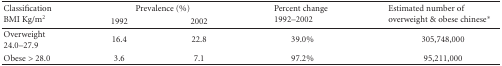
<table><thead><tr><td rowspan="2"><b>Classification BMI Kg/m<sup>2</sup></b></td><td colspan="2"><b>Prevalence (%)</b></td><td rowspan="2"><b>Percent change 1992–2002</b></td><td rowspan="2"><b>Estimated number of overweight &amp; obese chinese*</b></td></tr><tr><td><b>1992</b></td><td><b>2002</b></td></tr></thead><tbody><tr><td>Overweight 24.0–27.9</td><td>16.4</td><td>22.8</td><td>39.0%</td><td>305,748,000</td></tr><tr><td>Obese &gt; 28.0</td><td>3.6</td><td>7.1</td><td>97.2%</td><td>95,211,000</td></tr></tbody></table>